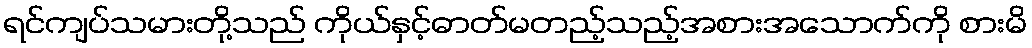
ရင်ကျပ်သမားတို့သည် ကိုယ်နှင့်ဓာတ်မတည့်သည့်အစားအသောက်ကို စားမိ